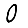
Digit: 0